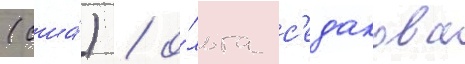
(сша́) / о́льга с'едакова